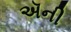
ઍની